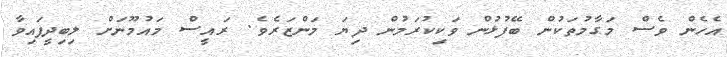
އެހެން ވެސް މަގާމުތަކުން ބޭފުޅުން ވަކިކުރަމުން ދިޔަ މަންޒަރެވެ. ރައީސް މައުމޫނަށް ލިބިދީފައިވާ